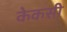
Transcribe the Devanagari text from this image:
केकसी